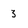
Character: 3